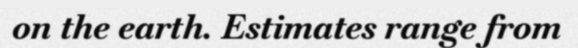
on the earth. Estimates range from